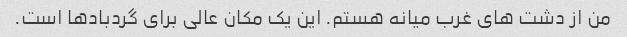
من از دشت های غرب میانه هستم. این یک مکان عالی برای گردبادها است.